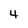
Character: 4